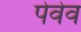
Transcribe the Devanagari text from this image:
पेवेव